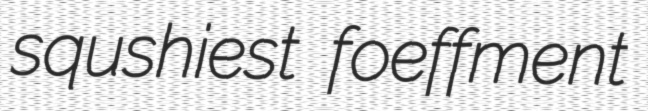
squshiest foeffment